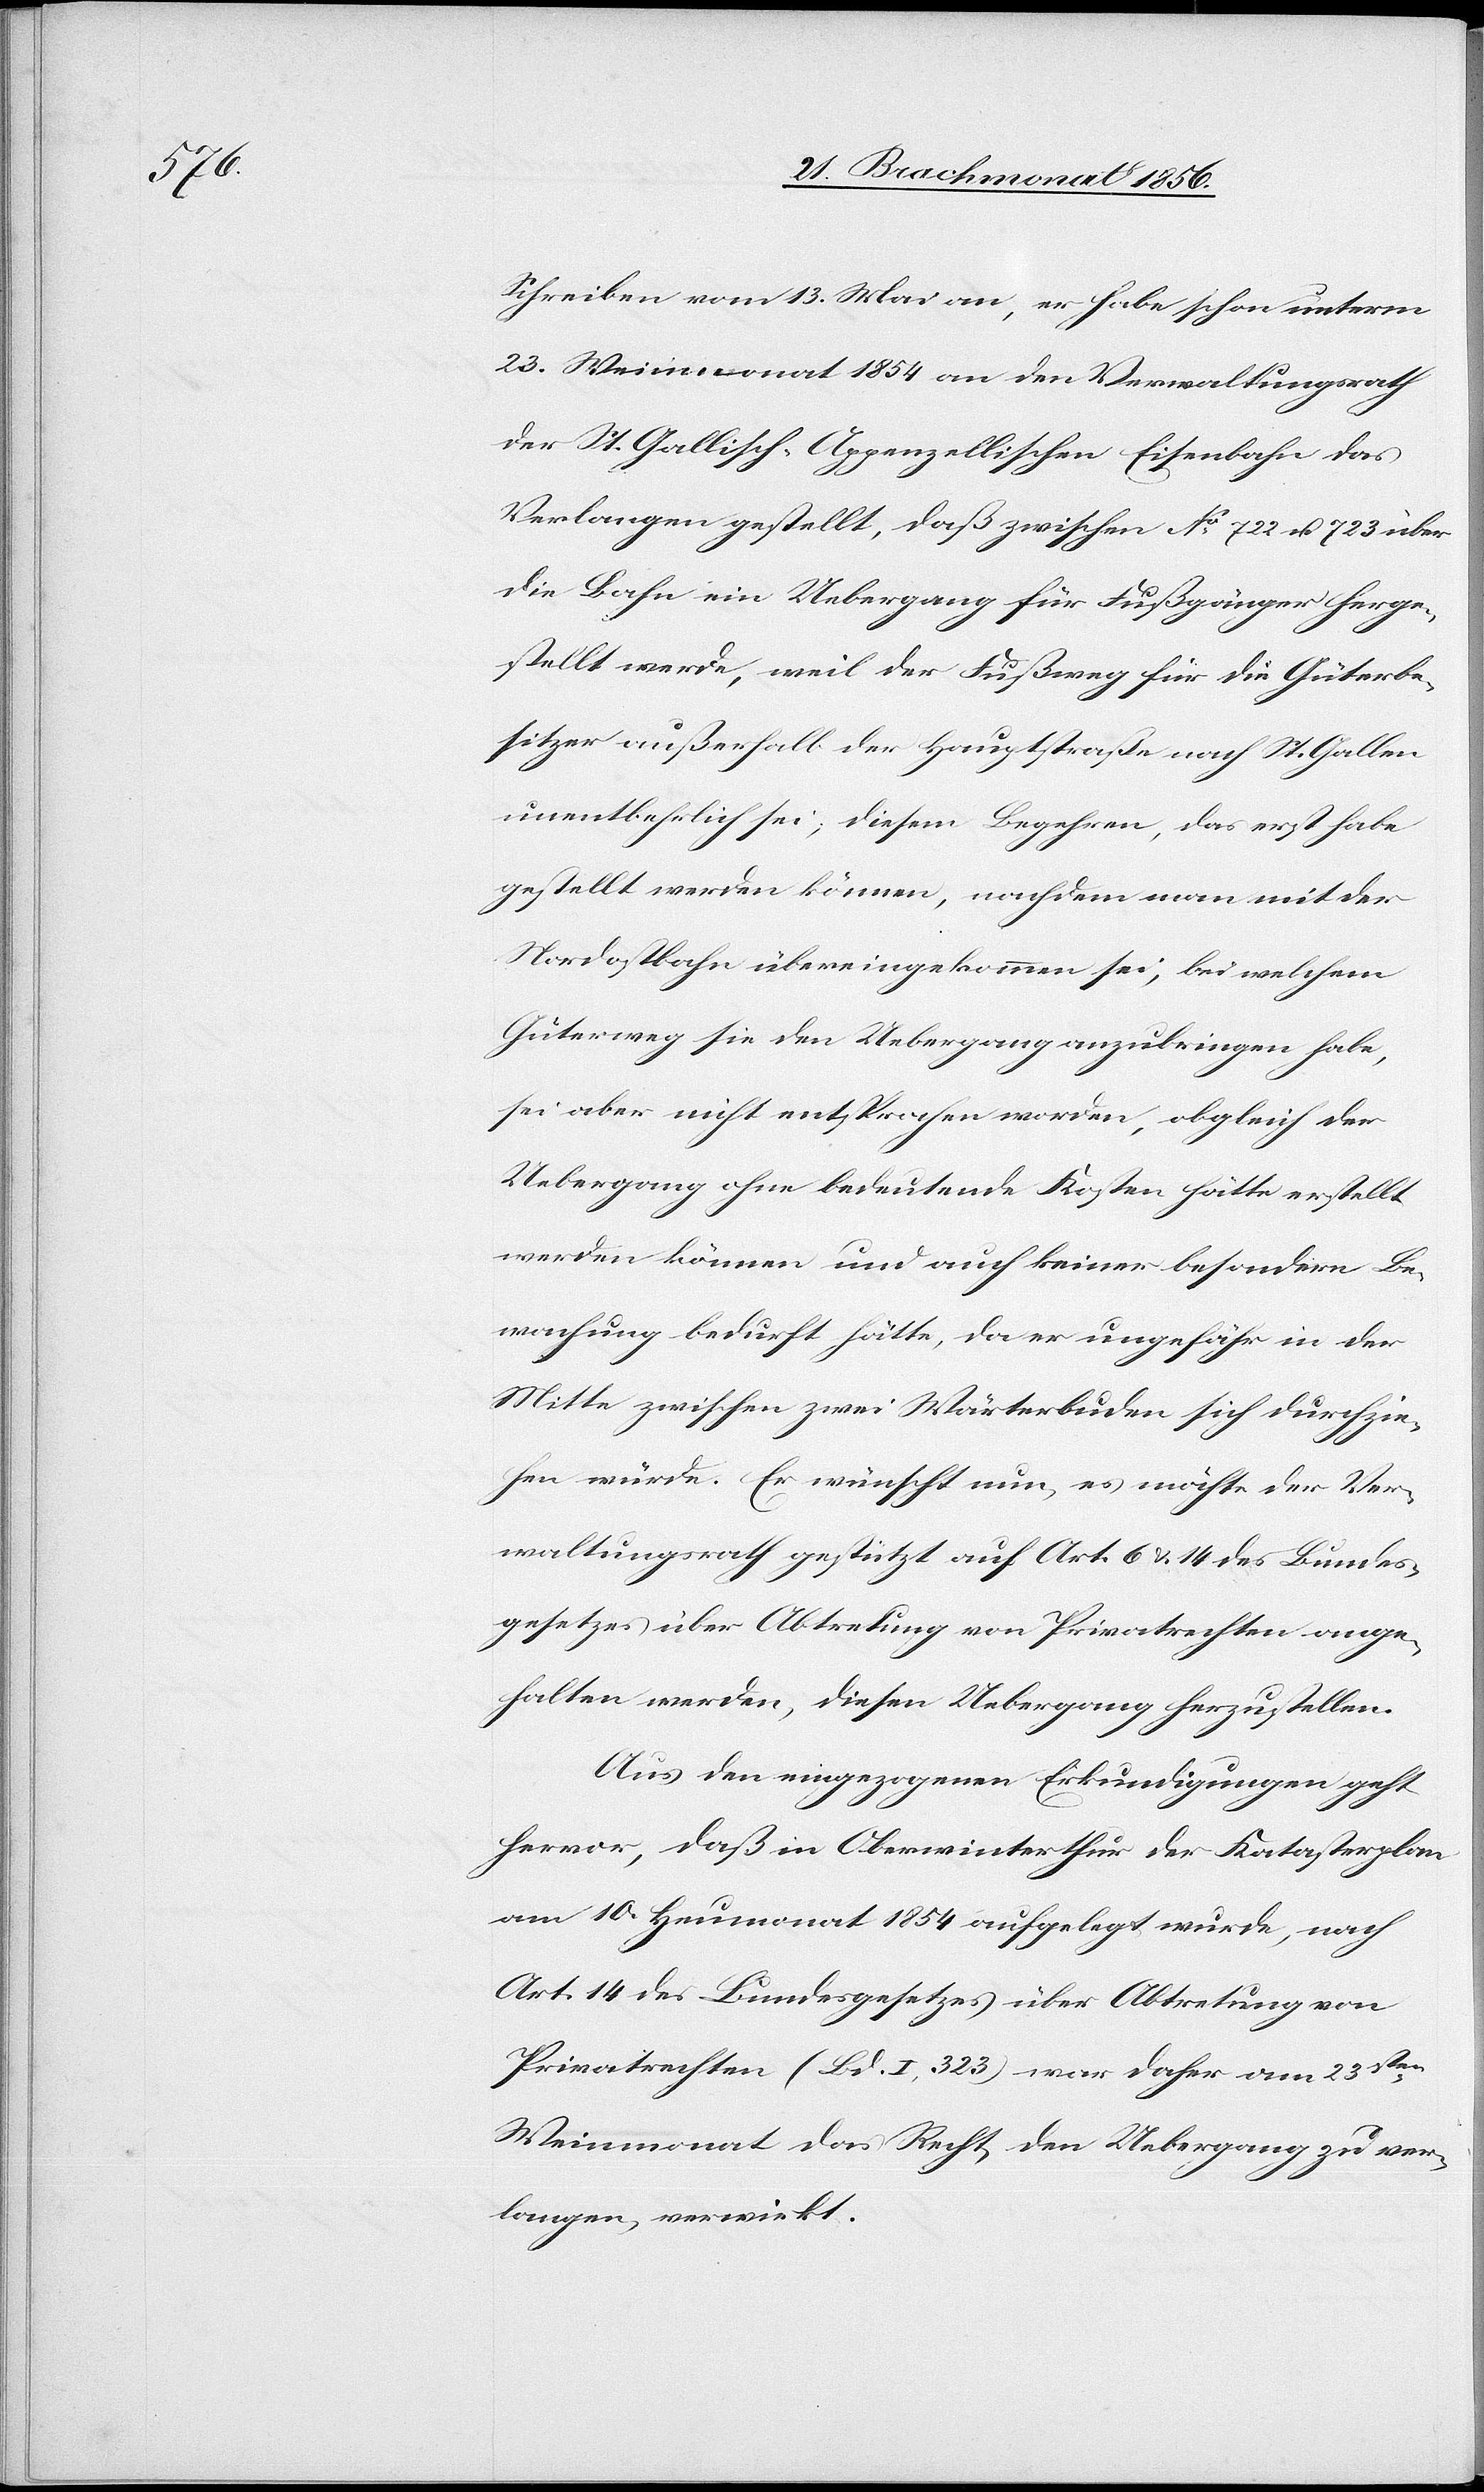
Schreiben vom 13. Mai an, er habe schon unterm
23. Weinmonat 1854 an den Verwaltungsrath
der St. Gallisch-Appenzellischen Eisenbahn das
Verlangen gestellt, daß zwischen No 722 u. 723 über
die Bahn ein Uebergang für Fußgänger herge¬
stellt werde, weil der Fußweg für die Güterbe¬
sitzer außerhalb der Hauptstraße nach St. Gallen
unentbehrlich sei; diesem Begehren, das erst habe
gestellt werden können, nachdem man mit der
Nordostbahn übereingekommen sei, bei welchem
Güterweg sie den Uebergang anzubringen habe,
sei aber nicht entsprochen worden, obgleich der
Uebergang ohne bedeutende Kosten hätte erstellt
werden können und auch keiner besondern Be¬
wachung bedurft hätte, da er ungefähr in der
Mitte zwischen zwei Wärterbuden sich durchzie¬
hen würde. Er wünscht nun, es möchte der Ver¬
waltungsrath gestützt auf Art. 6 & 14 des Bundes¬
gesetzes über Abtretung von Privatrechten ange¬
halten werden, diesen Uebergang herzustellen.
Aus den eingezogenen Erkundigungen geht
hervor, daß in Oberwinterthur der Katasterplan
am 10. Heumonat 1854 aufgelegt wurde, nach
Art. 14 des Bundesgesetzes über Abtretung von
Privatrechten (Bd. I, 323) war daher am 23sten
Weinmonat das Recht, den Uebergang zu ver¬
langen, verwirkt.